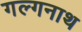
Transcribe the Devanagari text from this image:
गल्गनाथ